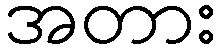
အတား